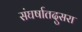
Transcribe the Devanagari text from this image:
संघर्षातदुसरा